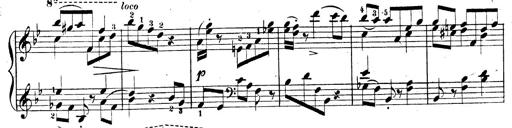
Title: 3 Caprices-Valses
Composer: Franz Liszt